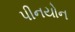
પીનયોન